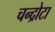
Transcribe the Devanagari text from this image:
चन्द्रोटा